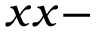
x x -